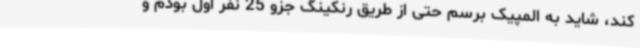
کند، شاید به المپیک برسم حتی از طریق رنکینگ جزو 25 نفر اول بودم و